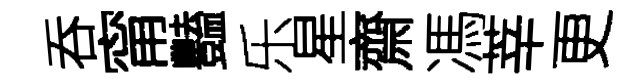
吞甯豔乐星齋馮莘更